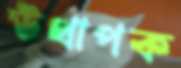
উত্থাপক